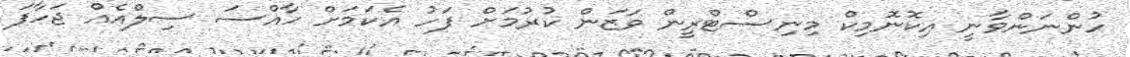
ހުންނަންވާނީ އިކޮނޮމިކް މިނިސްޓްރީން ވަޒަން ކުރުމަށް ފަހު އެކަމަށް ހާއްސަ ސިލްއެއް ޖަހާފަ